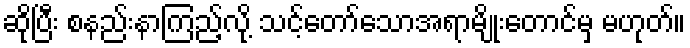
ဆိုပြီး စနည်းနာကြည့်လို့ သင့်တော်သောအရာမျိုးတောင်မှ မဟုတ်။